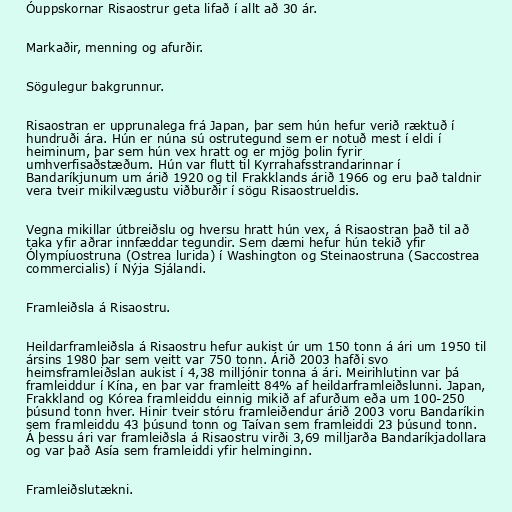
Óuppskornar Risaostrur geta lifað í allt að 30 ár.

Markaðir, menning og afurðir.

Sögulegur bakgrunnur.

Risaostran er upprunalega frá Japan, þar sem hún hefur verið ræktuð í
hundruði ára. Hún er núna sú ostrutegund sem er notuð mest í eldi í
heiminum, þar sem hún vex hratt og er mjög þolin fyrir
umhverfisaðstæðum. Hún var flutt til Kyrrahafsstrandarinnar í
Bandaríkjunum um árið 1920 og til Frakklands árið 1966 og eru það taldnir
vera tveir mikilvægustu viðburðir í sögu Risaostrueldis.

Vegna mikillar útbreiðslu og hversu hratt hún vex, á Risaostran það til að
taka yfir aðrar innfæddar tegundir. Sem dæmi hefur hún tekið yfir
Ólympíuostruna (Ostrea lurida) í Washington og Steinaostruna (Saccostrea
commercialis) í Nýja Sjálandi.

Framleiðsla á Risaostru.

Heildarframleiðsla á Risaostru hefur aukist úr um 150 tonn á ári um 1950 til
ársins 1980 þar sem veitt var 750 tonn. Árið 2003 hafði svo
heimsframleiðslan aukist í 4,38 milljónir tonna á ári. Meirihlutinn var þá
framleiddur í Kína, en þar var framleitt 84% af heildarframleiðslunni. Japan,
Frakkland og Kórea framleiddu einnig mikið af afurðum eða um 100-250
þúsund tonn hver. Hinir tveir stóru framleiðendur árið 2003 voru Bandaríkin
sem framleiddu 43 þúsund tonn og Taívan sem framleiddi 23 þúsund tonn.
Á þessu ári var framleiðsla á Risaostru virði 3,69 milljarða Bandaríkjadollara
og var það Asía sem framleiddi yfir helminginn.

Framleiðslutækni.